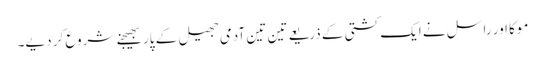
موکا اور راسل نے ایک کشتی کے ذریعے تین تین آدمی جھیل کے پار بھیجنے شروع کر دیے۔